Document type: Clause in a will
Year: 1320
Scribe: Francesc de Torre
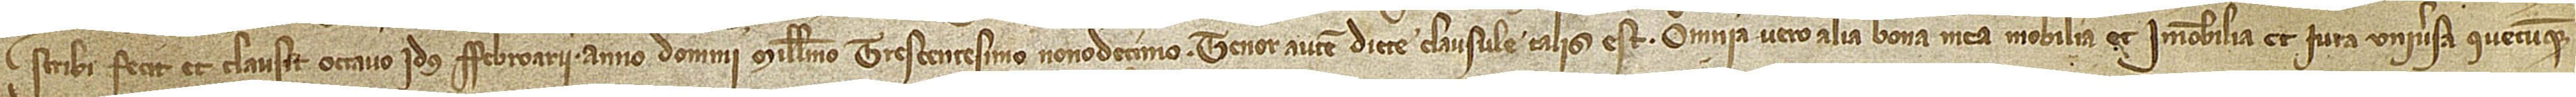
scribi fecit et clausit octavo idus febroarii, anno Domini millesimo trescentesimo nonodecimo. Tenor autem dicte clausule talis est:  Omnia vero alia bona mea, mobilia et immobilia, et iura universa quecumque